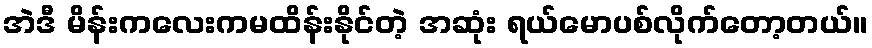
အဲဒီ မိန်းကလေးကမထိန်းနိုင်တဲ့ အဆုံး ရယ်မောပစ်လိုက်တော့တယ်။